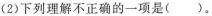
(2)下列理解不正确的一项是( )。